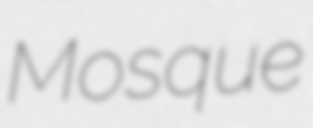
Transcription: Mosque